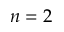
n = 2